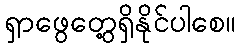
ရှာဖွေတွေ့ရှိနိုင်ပါစေ။